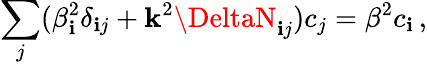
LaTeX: \sum_{j}(\beta_{\mathbf{i}}^{2}\delta_{\mathbf{i}j}+\mathbf{k}^{2}\DeltaN_{\mathbf{i}j})c_{j}=\beta^{2}c_{\mathbf{i}}\, ,